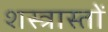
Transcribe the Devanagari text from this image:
शस्त्रास्तों